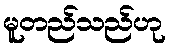
မူတည်သည်ဟု